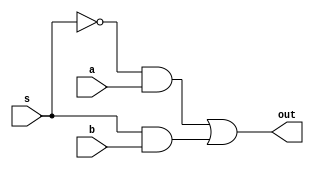
module mux16_8(
    input [7:0] a,
    input [7:0] b,
    input s,
    output [7:0] out
    );
assign out = ~s & a | s & b;

endmodule